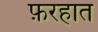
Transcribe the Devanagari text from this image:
फ़रहात